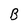
Character: B